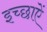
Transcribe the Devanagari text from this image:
इच्छाऐं